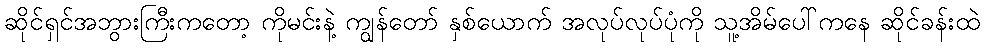
ဆိုင်ရှင်အဘွားကြီးကတော့ ကိုမင်းနဲ့ ကျွန်တော် နှစ်ယောက် အလုပ်လုပ်ပုံကို သူ့အိမ်ပေါ်ကနေ ဆိုင်ခန်းထဲ